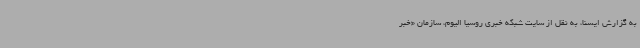
به گزارش ایسنا، به نقل از سایت شبکه خبری روسیا الیوم، سازمان «خبر